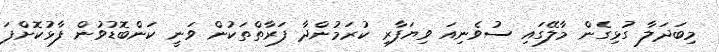
މިބަދަލާ ގުޅިގެން މާލޭގައި ސުވެނިއަ ވިޔަފާރި ކުރަމުންދާ ފަރާތްތަކުން ވަނީ ކަންބޮޑުވުން ފާޅުކޮށްފަ